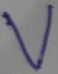
Text: V